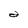
Character: 2